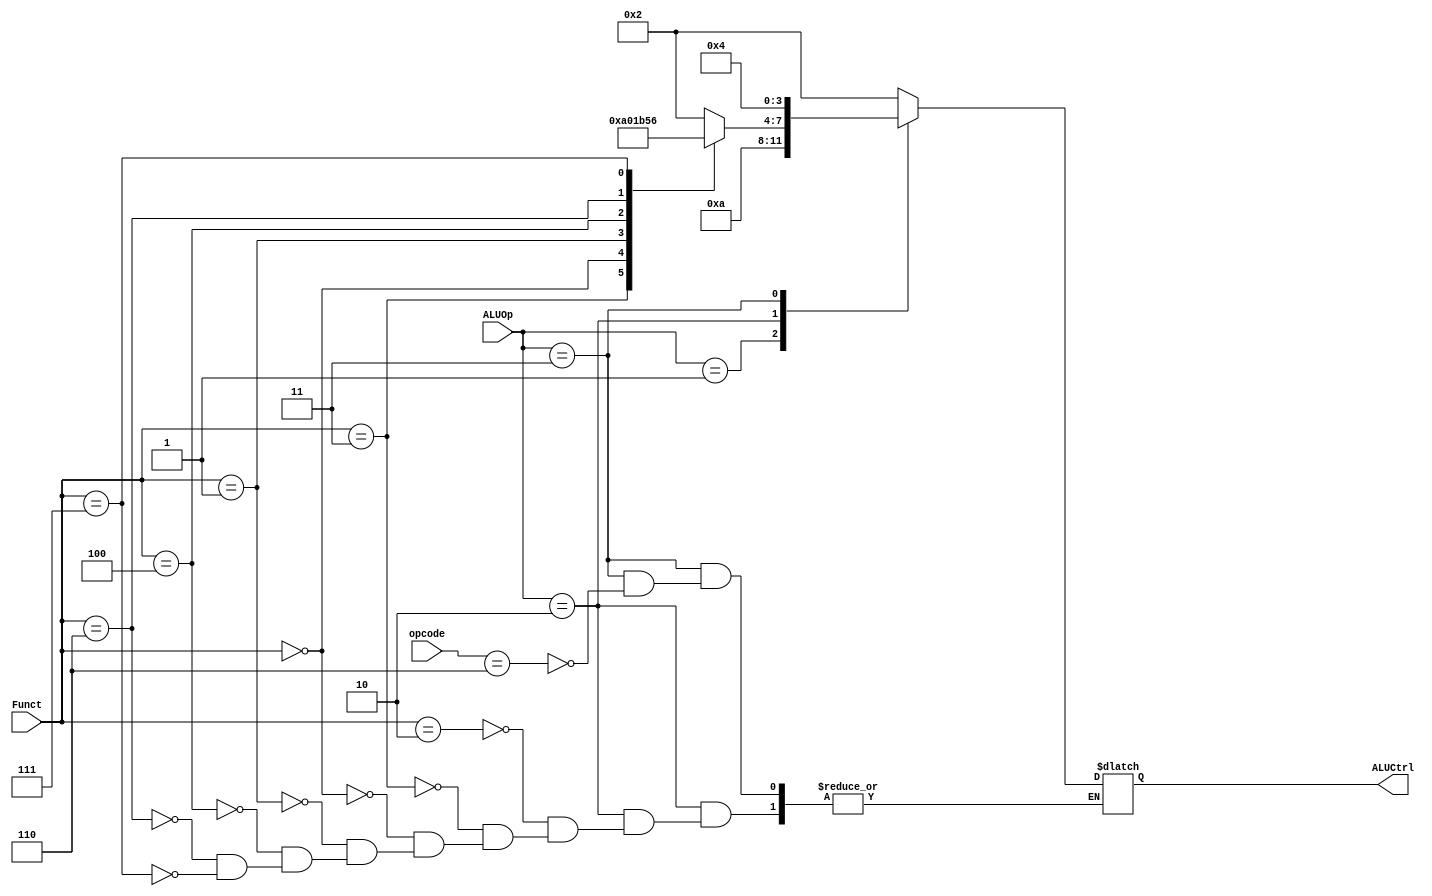
`timescale 1ns / 1ps
//////////////////////////////////////////////////////////////////////////////////
// Company: 
// Engineer: 
// 
// Design Name: 
// Module Name: ALUControl
// Project Name: 
// Target Devices: 
// Tool Versions: 
// Description: 
// 
// Dependencies: 
// 
// Revision:
// Revision 0.01 - File Created
// Additional Comments:
// 
//////////////////////////////////////////////////////////////////////////////////


//ALU Control (CU_OUT_x, Function Code nga R-formati, Opcode, T19) - eshte shtuar ALUOp per I-format qe nuk eshte ne foto po kerkohet ne detyre
module ALUControl(
input [1:0] ALUOp,
input [3:0] Funct,
input [3:0] opcode,
output reg [3:0] ALUCtrl
);

always @(ALUOp)
begin
case(ALUOp) // Pyet per vleren e ALUOp, 00-lw,sw; 01-beq,bne, 10-R-format, 11 - I-format
    2'b00: ALUCtrl = 4'b0010; //LW+SW + ADDI (mbledhje)
    2'b01: ALUCtrl = 4'b1010; //BEQ+BNE (zbritje)
    2'b10: //R-Format
        case(Funct)
            4'b0010: ALUCtrl = 4'b0010; //ADD
            4'b0011: ALUCtrl = 4'b1010; //SUB
            4'b0000: ALUCtrl = 4'b0000; //AND
            4'b0001 : ALUCtrl = 4'b0001; //OR
            4'b0100 : ALUCtrl = 4'b1011; //SLT
            4'b0110 : ALUCtrl = 4'b0101; //XOR
            4'b0111 : ALUCtrl = 4'b0110; //SLL
        endcase

    2'b11: //mul
       case(opcode)
           4'b0110: ALUCtrl = 4'b0100; // per MUL
//            6'b000110: ALUCtrl = 4'b0000; // per ANDI
       endcase
endcase
end



endmodule